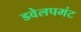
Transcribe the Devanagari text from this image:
डवेलपमंट